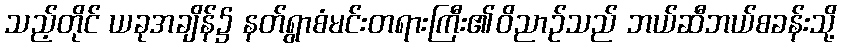
သည့်တိုင် ယခုအချိန်၌ နတ်ရွာစံမင်းတရားကြီး၏ဝိညာဉ်သည် ဘယ်ဆီဘယ်စခန်းသို့